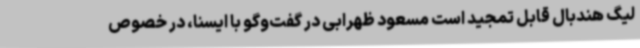
لیگ هندبال قابل تمجید است مسعود ظهرابی در گفت‌وگو با ایسنا، در خصوص